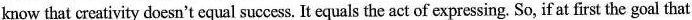
know that creativity doesn't equal success. It equals the act of expressing. So, if at first the goal that